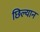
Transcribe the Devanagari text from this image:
छिल्यान